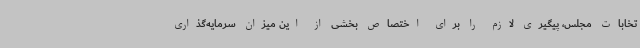
تخابات مجلس، پیگیری لازم را برای اختصاص بخشی از این میزان سرمایه‌گذاری